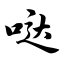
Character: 哒